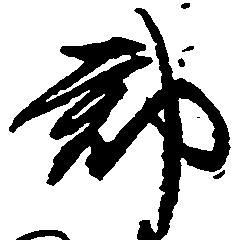
郡